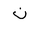
Letter: _non